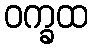
ဝက္ခထ